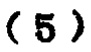
\ (5)\)